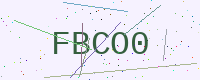
Text: FBCO0